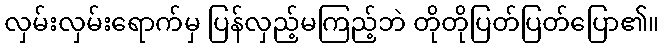
လှမ်းလှမ်းရောက်မှ ပြန်လှည့်မကြည့်ဘဲ တိုတိုပြတ်ပြတ်ပြော၏။